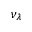
\nu _ { \lambda }